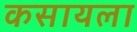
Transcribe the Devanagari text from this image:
कसायला